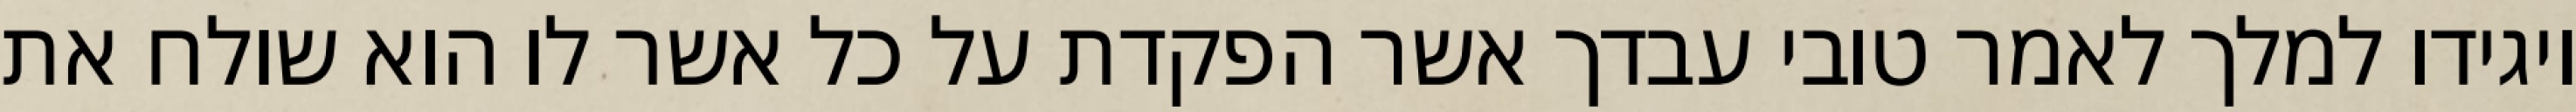
ויגידו למלך לאמר טובי עבדך אשר הפקדת על כל אשר לו הוא שולח את